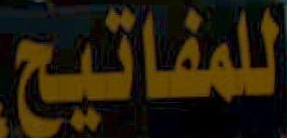
للمفاتيح